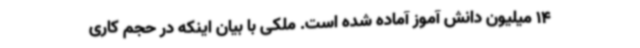
14 میلیون دانش آموز آماده شده است. ملکی با بیان اینکه در حجم کاری